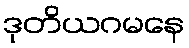
ဒုတိယဂမနေ